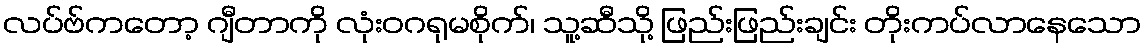
လပ်ဗ်ကတော့ ဂျီတာကို လုံးဝဂရုမစိုက်၊ သူ့ဆီသို့ ဖြည်းဖြည်းချင်း တိုးကပ်လာနေသော